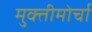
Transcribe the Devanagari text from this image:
मुक्तीमोर्चा